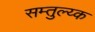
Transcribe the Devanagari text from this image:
सम्तुल्य्क